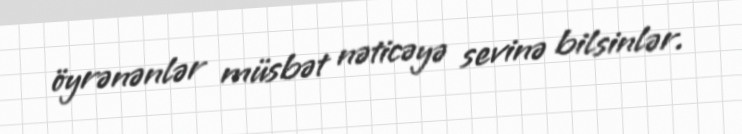
öyrənənlər müsbət nəticəyə sevinə bilsinlər.